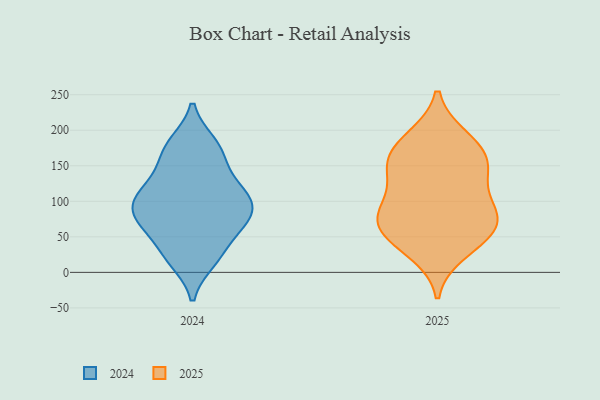
{"axis": {"x": "Market Share (%)", "y": "Value"}, "legend": ["2024", "2025"], "data": [{"x": "", "y": 139, "type": "2025"}, {"x": "", "y": 188, "type": "2025"}, {"x": "", "y": 52, "type": "2025"}, {"x": "", "y": 136, "type": "2025"}, {"x": "", "y": 92, "type": "2025"}, {"x": "", "y": 73, "type": "2025"}, {"x": "", "y": 156, "type": "2025"}, {"x": "", "y": 84, "type": "2025"}, {"x": "", "y": 157, "type": "2025"}, {"x": "", "y": 164, "type": "2025"}, {"x": "", "y": 28, "type": "2025"}, {"x": "", "y": 99, "type": "2025"}, {"x": "", "y": 190, "type": "2025"}, {"x": "", "y": 69, "type": "2025"}, {"x": "", "y": 66, "type": "2025"}, {"x": "", "y": 42, "type": "2025"}, {"x": "", "y": 182, "type": "2024"}, {"x": "", "y": 105, "type": "2024"}, {"x": "", "y": 19, "type": "2024"}, {"x": "", "y": 118, "type": "2024"}, {"x": "", "y": 181, "type": "2024"}, {"x": "", "y": 162, "type": "2024"}, {"x": "", "y": 100, "type": "2024"}, {"x": "", "y": 34, "type": "2024"}, {"x": "", "y": 86, "type": "2024"}, {"x": "", "y": 16, "type": "2024"}, {"x": "", "y": 122, "type": "2024"}, {"x": "", "y": 102, "type": "2024"}, {"x": "", "y": 149, "type": "2024"}, {"x": "", "y": 65, "type": "2024"}, {"x": "", "y": 68, "type": "2024"}, {"x": "", "y": 67, "type": "2024"}, {"x": "", "y": 81, "type": "2024"}]}